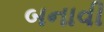
બનાવી